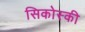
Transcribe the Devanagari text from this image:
सिकोस्की